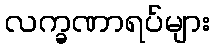
လက္ခဏာရပ်များ